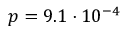
p = 9 . 1 \cdot 1 0 ^ { - 4 }